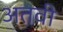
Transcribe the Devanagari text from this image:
अतवी